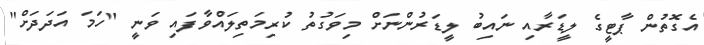
އެގޮތުން ޕާޓީގެ ލީޑަރާއި ނައިބު ލީޑަރުންނަށް މިވަގުތު ކުރިމަތިލައްވާފައި ވަނީ "ހަމަ އަދަދަށް"